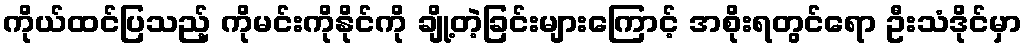
ကိုယ်ထင်ပြသည့် ကိုမင်းကိုနိုင်ကို ချို့တဲ့ခြင်းများကြောင့် အစိုးရတွင်ရော ဦးသံဒိုင်မှာ